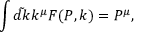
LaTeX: \int \tilde { d k } k ^ { \mu } F ( P , k ) = P ^ { \mu } ,